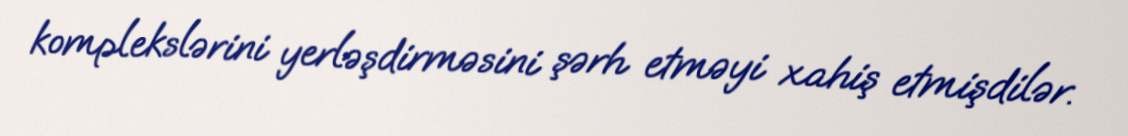
komplekslərini yerləşdirməsini şərh etməyi xahiş etmişdilər.